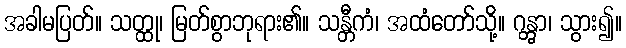
အခါမပြတ်။ သတ္ထု၊ မြတ်စွာဘုရား၏။ သန္တီကံ၊ အထံတော်သို့။ ဂန္တွာ၊ သွား၍။